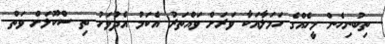
ތިބުނިހެން މީހެއްގެ ހަމަލާއަކާ ވަރަށް ވައްތަރު އެކަމު އެދުވަހު ތި ސްކޫލަށް ވަތް